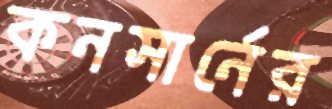
কনসার্নের